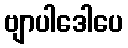
ဗျာပါဒေါပေ